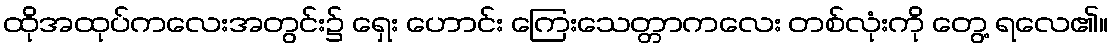
ထိုအထုပ်ကလေးအတွင်း၌ ရှေး ဟောင်း ကြေးသေတ္တာကလေး တစ်လုံးကို တွေ့ ရလေ၏။